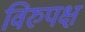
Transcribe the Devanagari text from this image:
विरुपक्ष